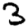
Digit: 3